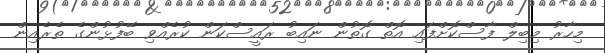
މިހާރު މިބިލް ފާސްކޮށްފައި އޮތް ގޮތުން ނައިބު ރައީސްކަން ކުރެއްވި ބޭފުޅުންގެ ތެރެއިން